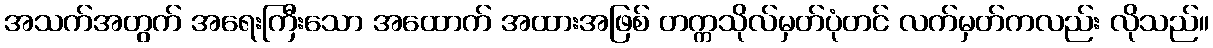
အသက်အတွက် အရေးကြီးသော အထောက် အထားအဖြစ် တက္ကသိုလ်မှတ်ပုံတင် လက်မှတ်ကလည်း လိုသည်။